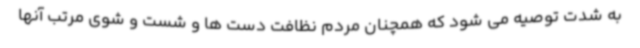
به شدت توصیه می شود که همچنان مردم نظافت دست ها و شست و شوی مرتب آنها